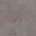
كم